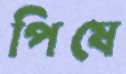
পিষে